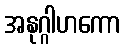
အနုဂ္ဂါဟကော